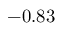
- 0 . 8 3